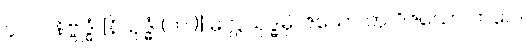
၄၀၂။ နိဗ္ဗုဒ္ဓံ [နိယုဒ္ဓံ (က.)] မလ္လယုဒ္ဓမှိ၊ ဇယော တု ဝိဇယော ဘဝေ။